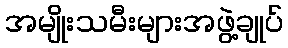
အမျိုးသမီးများအဖွဲ့ချုပ်